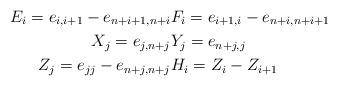
LaTeX: \begin{align*}E_i = e_{i,i+1} - e_{n+i+1,n+i} & F_i = e_{i+1,i} - e_{n+i,n+i+1} \displaybreak[1]\\X_{j} =e_{j,n+j} & Y_{j} =e_{n+j,j} \displaybreak[1]\\Z_{j} = e_{jj} - e_{n+j,n+j} & H_i =Z_{i}- Z_{i+1}\end{align*}